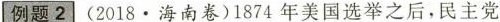
例题2 ( 2018.海南卷 )1874年美国选举之后，民主党